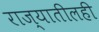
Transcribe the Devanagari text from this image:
राज्यातीलही